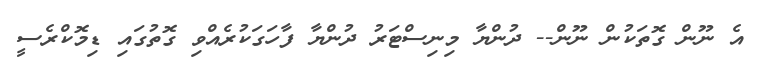
އެ ނޫން ގޮތަކުން ނޫން-- ދުންޔާ މިނިސްޓަރު ދުންޔާ ފާހަގަކުރެއްވި ގޮތުގައި ޑިމޮކްރެސީ